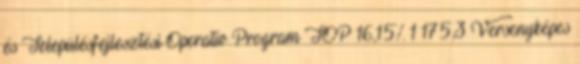
és Településfejlesztési Operatív Program TOP 16,15% 1 175,3 Versenyképes